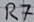
Text: R7